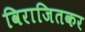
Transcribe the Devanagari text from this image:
विराजितकर